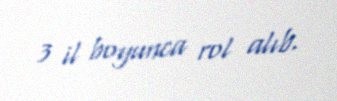
3 il boyunca rol alıb.